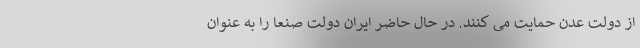
از دولت عدن حمایت می کنند. در حال حاضر ایران دولت صنعا را به عنوان